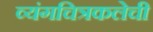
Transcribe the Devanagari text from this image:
व्यंगचित्रकलेची